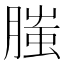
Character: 𦞲